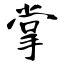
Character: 掌